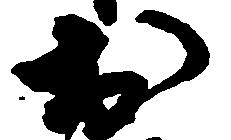
於